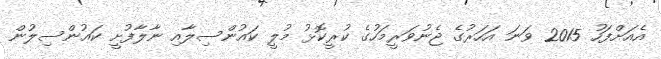
އެއަށްފަހު 2015 ވަނަ އަހަރުގެ ޖެނުވަރީމަހުގެ ކުރީކޮޅު މުލީ ކައުންސިލާއި ނާލާފުށީ ކައުންސިލުން